Lunatic asylums Central Provinces reports 1886-1894 - 1886-1894
Year: 1886
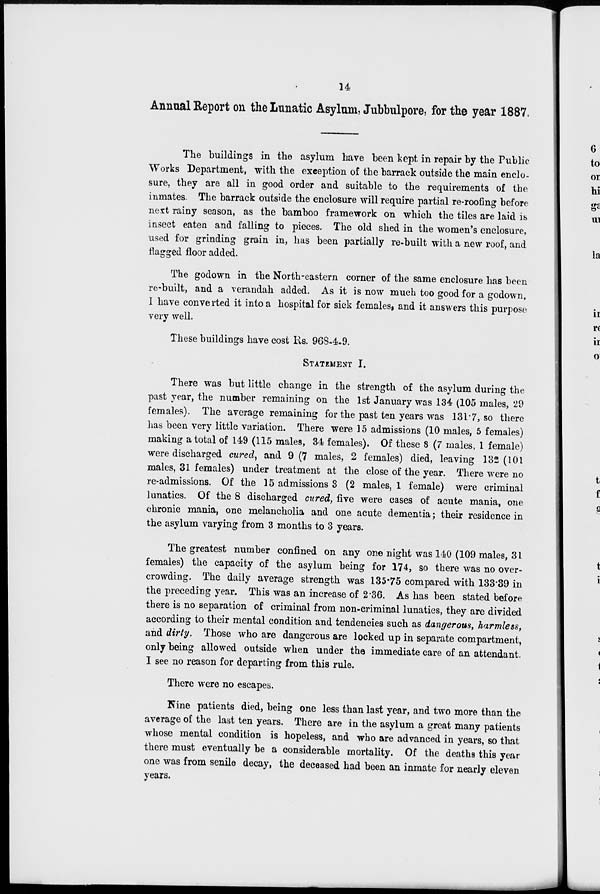
14
Anuual Report on the Lunatic Asylum, Jubbulpore, for the year 1887.
The buildings in the asylum have been kept in repair by the Public
Works Department, with the exception of the barrack outside the main enclo-
sure, they are all in good order and suitable to the requirements of the
inmates. The barrack outside the enclosure will require partial re-roofing before
next rainy season, as the bamboo framework on which the tiles are laid is
insect eaten and falling to pieces. The old shed in the women's enclosure,
used for grinding grain in, has been partially re-built with a new roof, and
flagged floor added.
The godown in the North-eastern corner of the same enclosure has been
re-built, and a verandah added. As it is now much too good for a godown,
I have converted it into a hospital for sick females, and it answers this purpose
very well.
These buildings have cost Rs. 968-4-9.
STATEMENT I.
There was but little change in the strength of the asylum during the
past year, the number remaining on the 1st January was 134 (105 males, 29
females). The average remaining for the past ten years was 131.7, so there
has been very little variation. There were 15 admissions (10 males, 5 females)
making a total of 149 (115 males, 34 females). Of these 8 (7 males, 1 female)
were discharged cured, and 9 (7 males, 2 females) died, leaving 132 (101
males, 31 females) under treatment at the close of the year. There were no
re-admissions. Of the 15 admissions 3 (2 males, 1 female) were criminal
lunatics. Of the 8 discharged cured, five were cases of acute mania, one
chronic mania, one melancholia and one acute dementia; their residence in
the asylum varying from 3 months to 3 years.
The greatest number confined on any one night was 140 (109 males, 31
females) the capacity of the asylum being for 174, so there was no over-
crowding. The daily average strength was 135.75 compared with 133.39 in
the preceding year. This was an increase of 2.36. As has been stated before
there is no separation of criminal from non-criminal lunatics, they are divided
according to their mental condition and tendencies such as dangerous, harmless,
and dirty. Those who are dangerous are locked up in separate compartment,
only being allowed outside when under the immediate care of an attendant.
I see no reason for departing from this rule.
There were no escapes.
Nine patients died, being one less than last year, and two more than the
average of the last ten years. There are in the asylum a great many patients
whose mental condition is hopeless, and who are advanced in years, so that
there must eventually be a considerable mortality. Of the deaths this year
one was from senile decay, the deceased had been an inmate for nearly eleven
years.